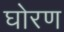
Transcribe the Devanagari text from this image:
घोरण